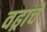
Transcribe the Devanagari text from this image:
वढ्राचे